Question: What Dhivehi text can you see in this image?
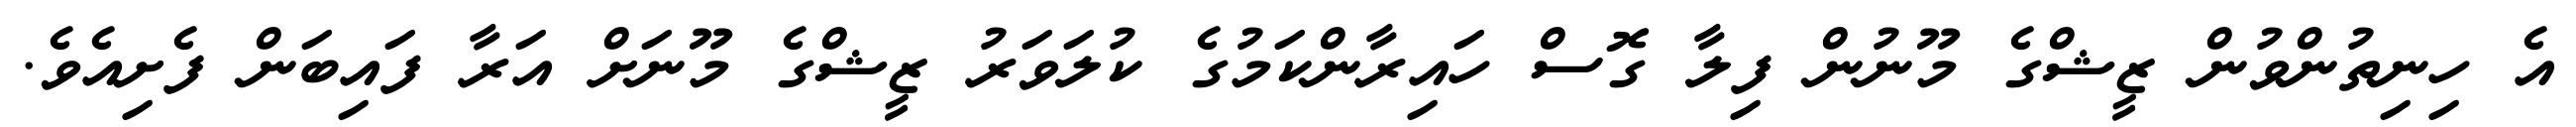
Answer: އެ ހިނިތުންވުން ޒީޝްގެ މޫނުން ފިލާ ގޮސް ހައިރާންކަމުގެ ކުލަވަރު ޒީޝްގެ މޫނަށް އަރާ ފައިބަން ފެށިއެވެ.